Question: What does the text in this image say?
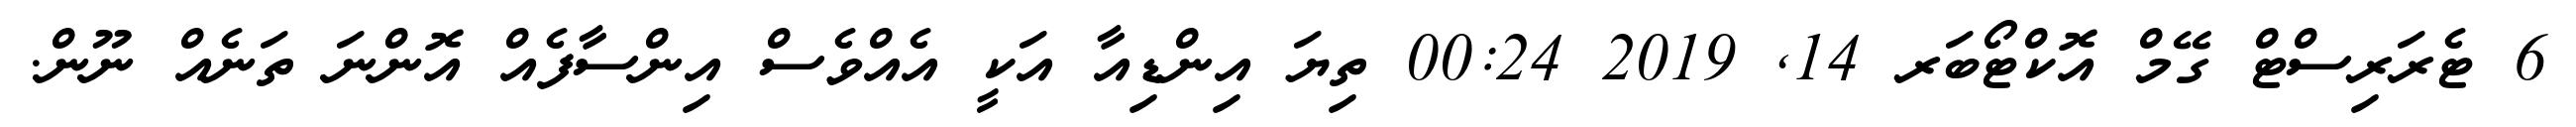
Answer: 6 ޓެރަރިސްޓް ގޭމް އޮކްޓޯބަރ 14, 2019 00:24 ތިޔަ އިންޑިއާ އަކީ އެއްވެސް އިންސާފެއް އޮންނަ ތަނެއް ނޫން.